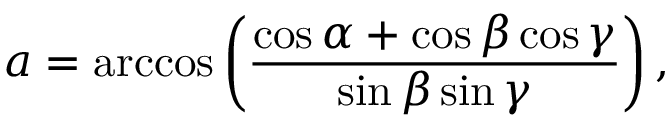
a = \operatorname { a r c c o s } \left( { \frac { \cos \alpha + \cos \beta \cos \gamma } { \sin \beta \sin \gamma } } \right) ,